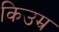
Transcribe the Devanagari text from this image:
किउम्र